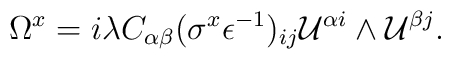
\Omega^x =i\lambda C_{\alpha\beta}(\sigma^x\epsilon^{-1})_{ij} {\cal U}^{\alpha i}\wedge{\cal U}^{\beta j}.